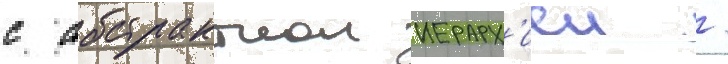
с абстрактнои иерарх'иеи /